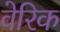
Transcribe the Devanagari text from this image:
वेरिक